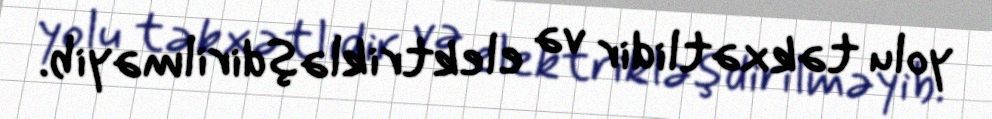
yolu təkxətlidir və elektrikləşdirilməyib.